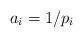
LaTeX: \begin{align*}a_i = 1/p_i \end{align*}